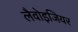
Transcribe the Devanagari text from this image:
लैवोइजियर